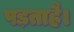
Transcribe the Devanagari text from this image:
पड़ताहै।